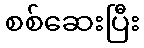
စစ်ဆေးပြီး